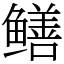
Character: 鳝